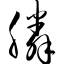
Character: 膦